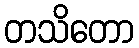
တသိတော